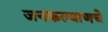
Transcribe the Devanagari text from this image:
जनकल्याणचे